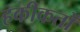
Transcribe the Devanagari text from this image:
हकीकतों